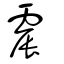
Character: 震